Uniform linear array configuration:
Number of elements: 4
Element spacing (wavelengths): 0.75
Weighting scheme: hann
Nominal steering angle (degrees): -60
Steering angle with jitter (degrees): -61.583
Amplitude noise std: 0.05
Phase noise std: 0.05

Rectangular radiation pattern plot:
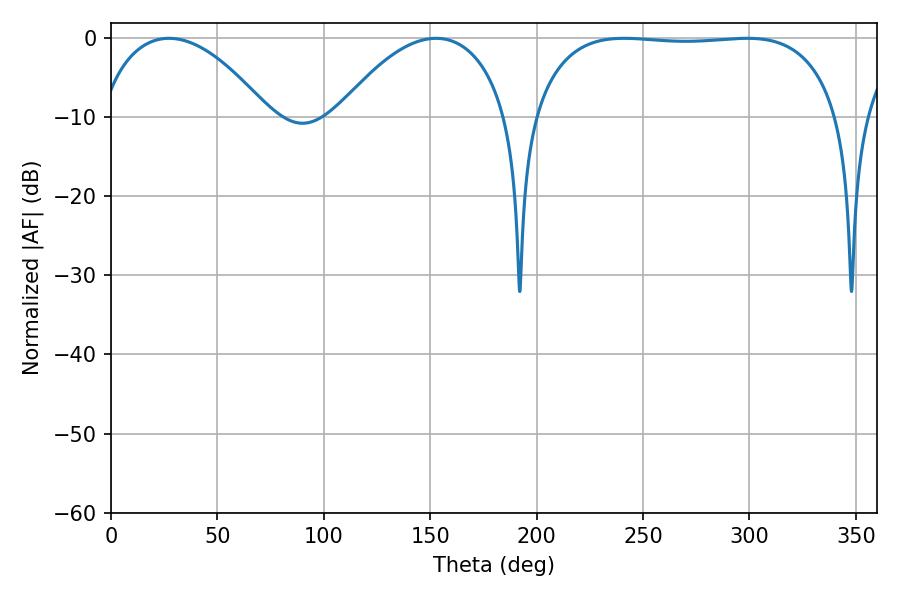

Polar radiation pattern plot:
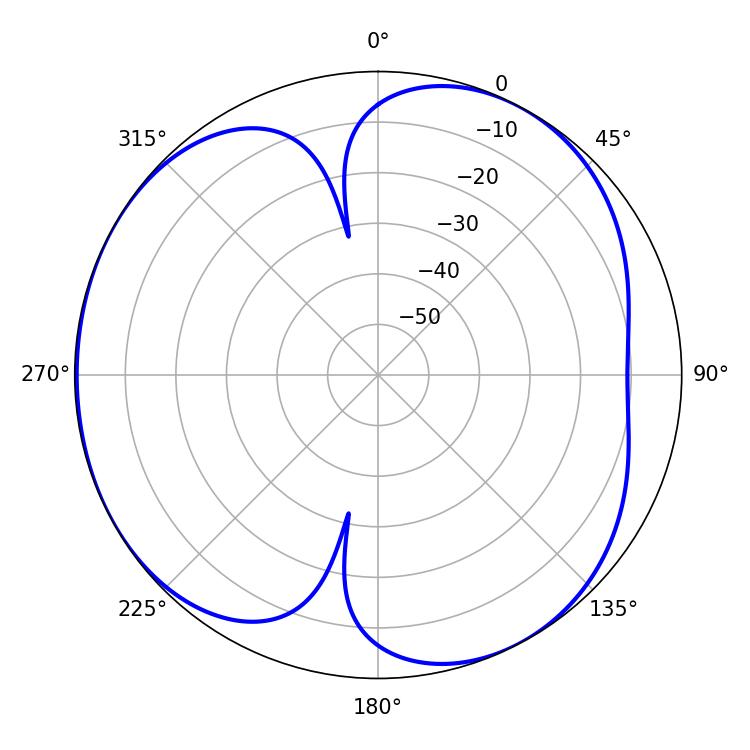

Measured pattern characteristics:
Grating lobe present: TRUE
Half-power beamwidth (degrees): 114.12
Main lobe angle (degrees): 298.98